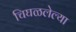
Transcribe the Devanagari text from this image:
चिघळलेल्या